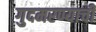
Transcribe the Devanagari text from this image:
गुदमरण्याची